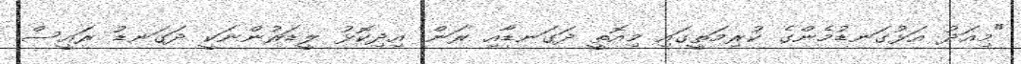
"މިއަދު އަޅުގަނޑުމެންގެ ކުރިމަތީގައި މިއޮތީ ދަގަނޑާއި ރަން. އިދިކޮޅު ލީޑަރުންނަކީ ދަގަނޑު ރައީސް